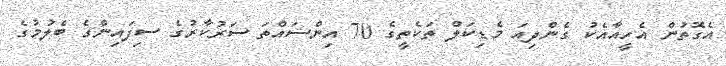
އެގޮތުން އެހީއާއެކު ގެންދިއަ މެޑިކަލް ތަކެތީގެ 70 އިންސައްތަ ސަރުކާރުގެ ސިފައިންގެ ބެލުމުގެ